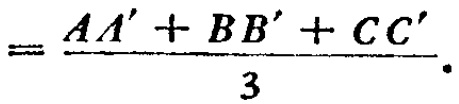
$=\frac{AA'+BB'+CC'}{3}.$